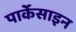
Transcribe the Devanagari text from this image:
पार्केसाइन